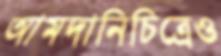
আমদানিচিত্রেও